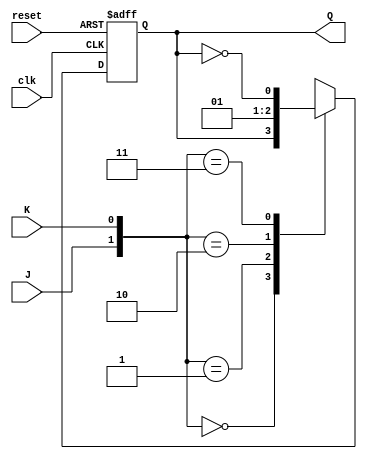
module JK_FF(Q,J,K,clk,reset);
output Q;
input J,K,clk,reset;
reg Q;
always @(posedge clk or posedge reset)
begin
if(reset)
Q<=1'b0;
else begin
case({J,K})
2'b00:Q<=Q;
2'b01:Q<=1'b0;
2'b10:Q<=1'b1;
2'b11:Q<=~Q;
endcase
end
end
endmodule